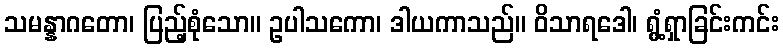
သမန္နာဂတော၊ ပြည့်စုံသော။ ဥပါသကော၊ ဒါယကာသည်။ ဝိသာရဒေါ၊ ရွံ့ရှာခြင်းကင်း